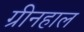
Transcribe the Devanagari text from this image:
ग्रीनहाल